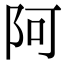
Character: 阿